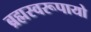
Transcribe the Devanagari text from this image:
ब्रह्मस्वरूपायो